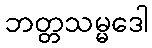
ဘတ္တသမ္မဒေါ